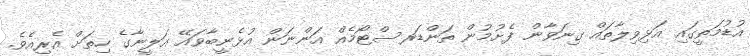
އުޑުމަތީގައި އަޅިވިލާތައް ގިނަވާން ފެށުމުން ތަންޑަރސްޓޯމެއް އަންނަން އުޅެނީބާވައޭ އަލީނާގެ ހިތަށް އެރިއެވެ.